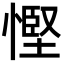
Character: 慳